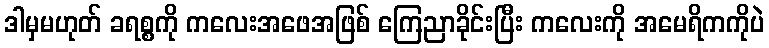
ဒါမှမဟုတ် ခရစ္စကို ကလေးအဖေအဖြစ် ကြေညာခိုင်းပြီး ကလေးကို အမေရိကကိုပဲ